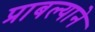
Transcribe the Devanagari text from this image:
प्राबल्याने